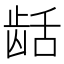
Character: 𬺄